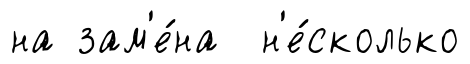
на зам'е́на н'е́сколько